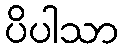
ပိပါသာ